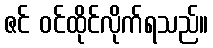
ဇင် ဝင်ထိုင်လိုက်ရသည်။